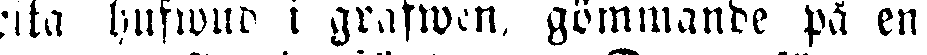
rita hufwud i grafwen, gömmande på en